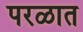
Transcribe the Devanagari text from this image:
परळात